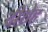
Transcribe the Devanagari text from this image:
दीशेह